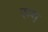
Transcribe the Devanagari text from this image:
रन्ग